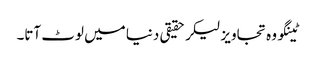
ٹینگو وہ تجاویز لیکر حقیقی دنیا میں لوٹ آتا۔